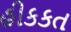
હીકકત